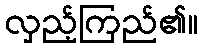
လှည့်ကြည်၏။